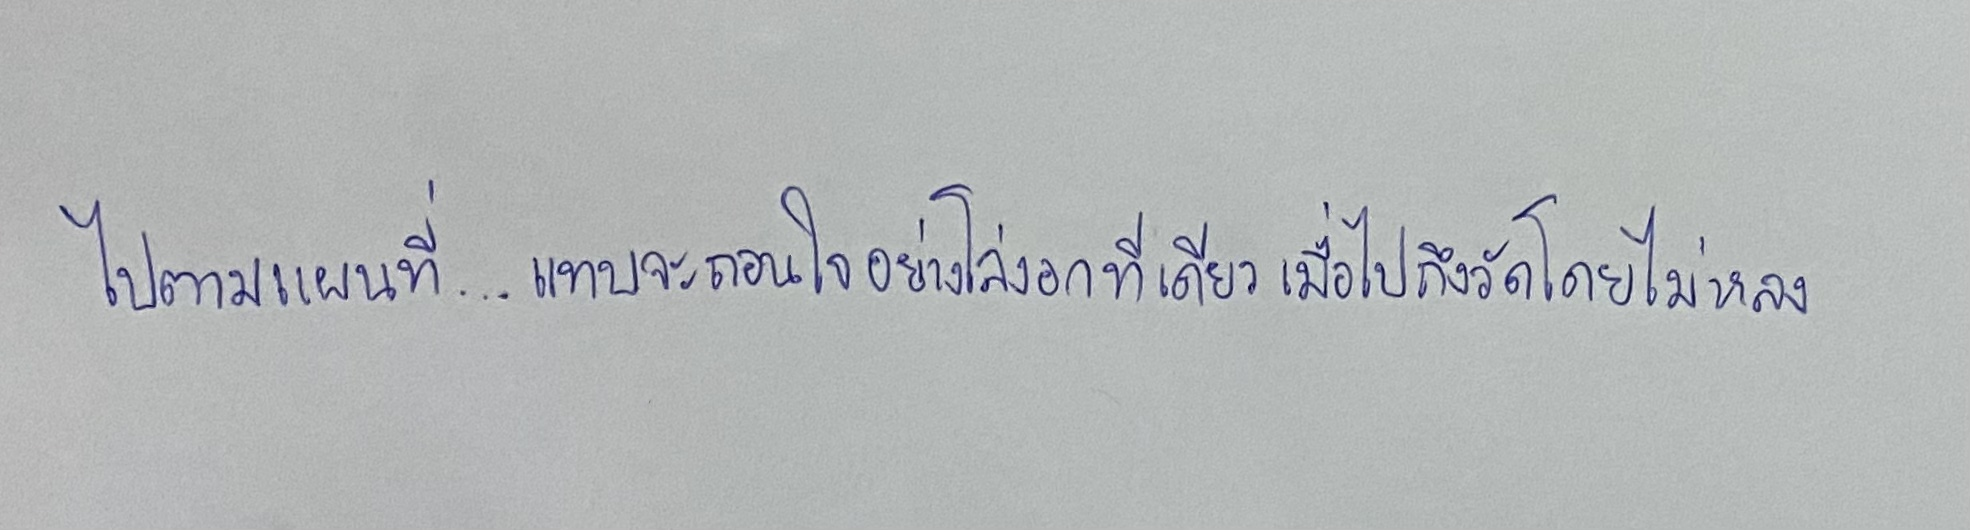
ไปตามแผนที่...แทบจะถอนใจอย่างโล่งอกทีเดียวเมื่อไปถึงวัดโดยไม่หลง